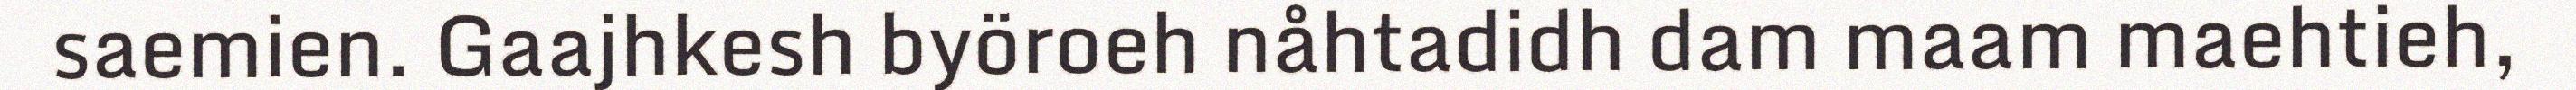
saemien. Gaajhkesh byöroeh nåhtadidh dam maam maehtieh,